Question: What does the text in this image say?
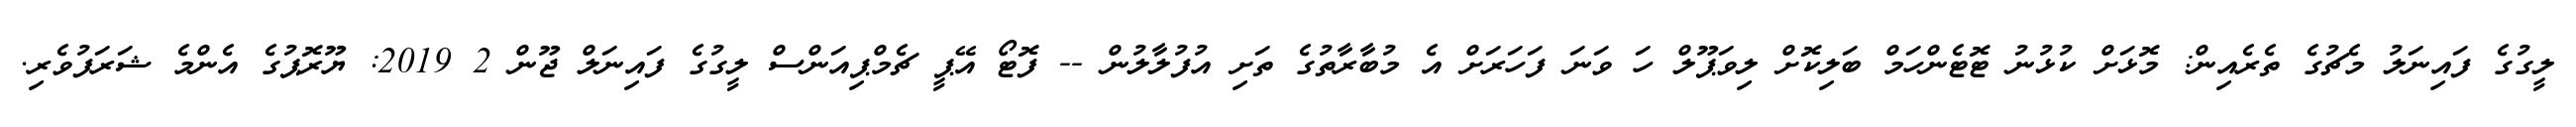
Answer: ލީގުގެ ފައިނަލު މެޗުގެ ތެރެއިން: މޮޅަށް ކުޅުނު ޓޮޓެންހަމް ބަލިކޮށް ލިވަޕޫލް ހަ ވަނަ ފަހަރަށް އެ މުބާރާތުގެ ތަށި އުފުލާލުން -- ފޮޓޯ އޭޕީ ޗެމްޕިއަންސް ލީގުގެ ފައިނަލް ޖޫން 2 2019: ޔޫރޮޕުގެ އެންމެ ޝަރަފުވެރި.